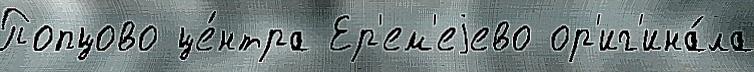
Попцово це́нтра Ер'ем'еjево ор'иг'ина́ла